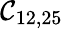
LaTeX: \mathcal{C}_{12,25}